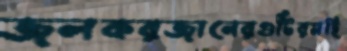
জলকরজানেরগুটিরমহি